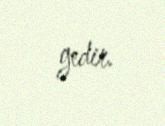
gedir.